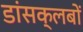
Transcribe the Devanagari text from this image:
डांसक्लबों